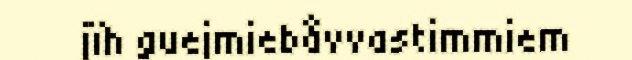
jïh guejmiebåvvastimmiem